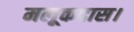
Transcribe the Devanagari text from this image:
मलूकदास।